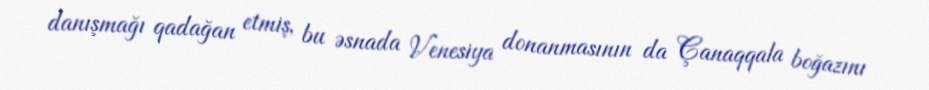
danışmağı qadağan etmiş, bu əsnada Venesiya donanmasının da Çanaqqala boğazını